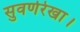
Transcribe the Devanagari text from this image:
सुवर्णरेखा।